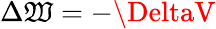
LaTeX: \Delta\mathfrak{W}=-\DeltaV